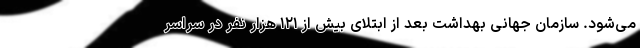
می‌شود. سازمان جهانی بهداشت بعد از ابتلای بیش از ۱۲۱ هزار نفر در سراسر